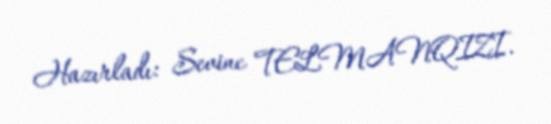
Hazırladı: Sevinc TELMANQIZI.